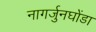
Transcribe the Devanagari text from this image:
नागर्जुनघोंडा